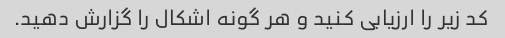
کد زیر را ارزیابی کنید و هر گونه اشکال را گزارش دهید.